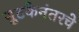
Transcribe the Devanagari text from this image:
सुटकेनंतरचे